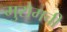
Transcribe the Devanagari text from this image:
मुरोमची